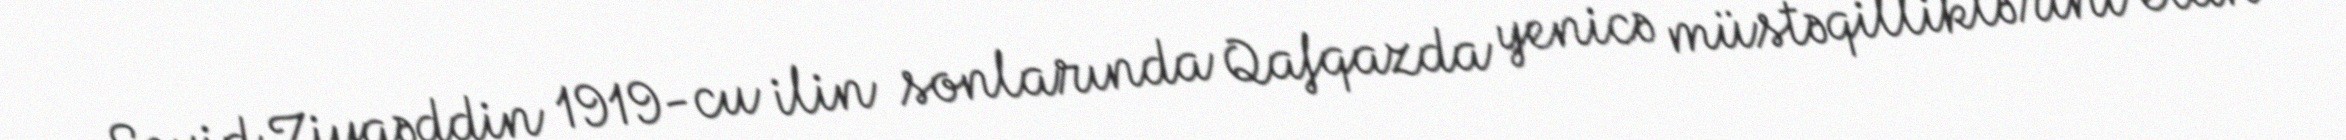
Seyid Ziyaəddin 1919-cu ilin sonlarında Qafqazda yenicə müstəqilliklərini elan